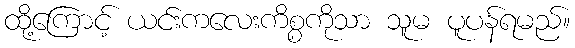
ထို့ကြောင့် ယင်းကလေးကိစ္စကိုသာ သူမ ပူပန်ရမည်။